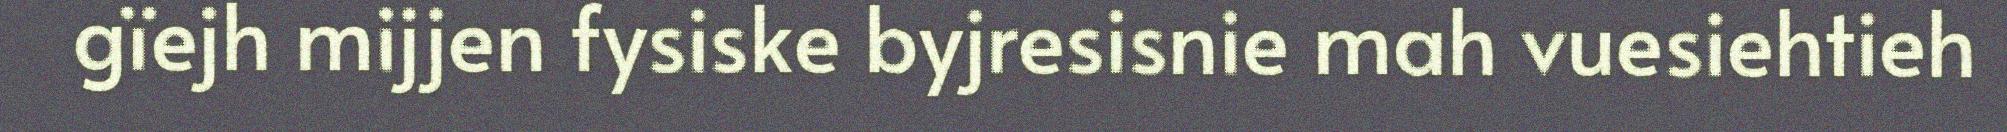
gïejh mijjen fysiske byjresisnie mah vuesiehtieh